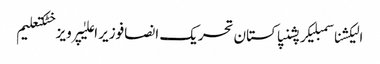
الیکشناسمبلیکرپشنپاکستان تحریک انصافوزیر اعلیٰپرویز خٹکتعلیم